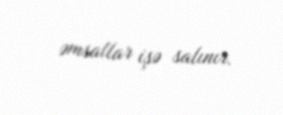
əmsallar işə salınır.